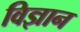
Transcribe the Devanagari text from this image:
विज्ञान